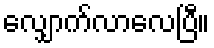
လျှောက်လာလေပြီ။